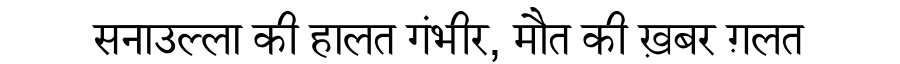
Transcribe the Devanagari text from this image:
सनाउल्ला की हालत गंभीर, मौत की ख़बर ग़लत